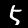
Label: 5